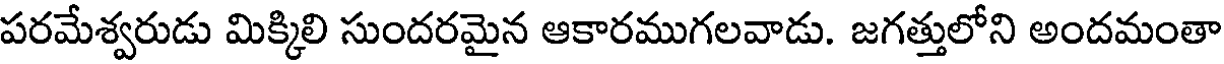
పరమేశ్వరుడు మిక్కిలి సుందరమైన ఆకారముగలవాడు. జగత్తులోని అందమంతా